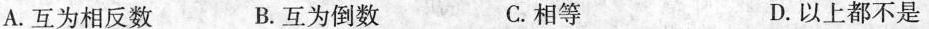
A.互为相反数 B.互为倒数 C.相等 D.以上都不是